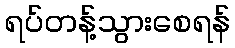
ရပ်တန့်သွားစေရန်